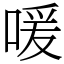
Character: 喛